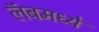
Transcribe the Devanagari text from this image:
लॅबमध्ये